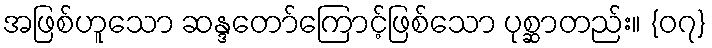
အဖြစ်ဟူသော ဆန္ဒတော်ကြောင့်ဖြစ်သော ပုစ္ဆာတည်း။ {၀၇}